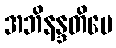
အဘိနန္ဒတိပေ